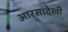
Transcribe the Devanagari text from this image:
आरसादेखी